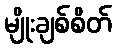
မျိုးချစ်စိတ်